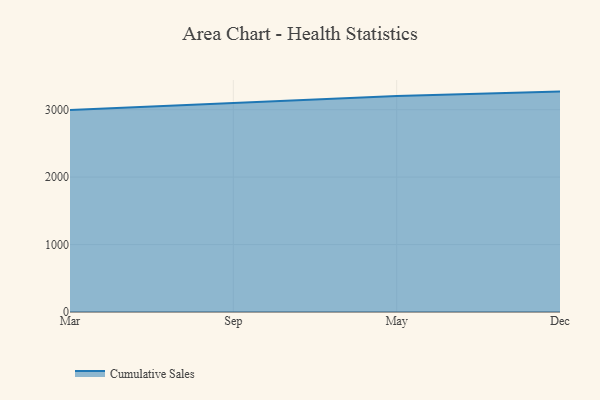
{"axis": {"x": "Month", "y": "Demand Index"}, "legend": ["Cumulative Sales"], "data": [{"x": "Mar", "y": 2995.7, "type": "Cumulative Sales"}, {"x": "Sep", "y": 3095.9, "type": "Cumulative Sales"}, {"x": "May", "y": 3204.2, "type": "Cumulative Sales"}, {"x": "Dec", "y": 3267.8, "type": "Cumulative Sales"}]}